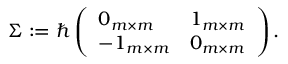
\boldsymbol { \Sigma } : = \hbar \left( \begin{array} { l l } { \boldsymbol { 0 } _ { m \times m } } & { \boldsymbol { 1 } _ { m \times m } } \\ { - \boldsymbol { 1 } _ { m \times m } } & { \boldsymbol { 0 } _ { m \times m } } \end{array} \right) .